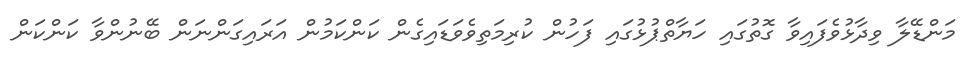
މަންޑޭލާ ވިދާޅުވެފައިވާ ގޮތުގައި ހަޔާތްޕުޅުގައި ފަހުން ކުރިމަތިވެވަޑައިގެން ކަންކަމުން އަރައިގަންނަން ބޭނުންވާ ކަންކަން